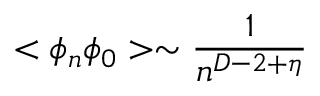
< \phi _ { n } \phi _ { 0 } > \sim \frac { 1 } { n ^ { D - 2 + \eta } }